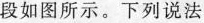
段如图所示。下列说法